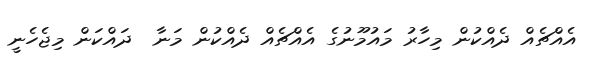
އެއްޗެއް ދެއްކުން މިހާރު މައުމޫނުގެ އެއްޗެއް ދެއްކުން މަނާ  ދައްކަން މިޖެހެނީ